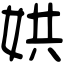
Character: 娂